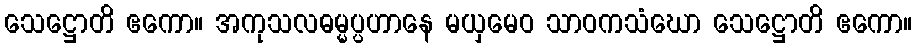
သေဋ္ဌောတိ ဧကော။ အကုသလဓမ္မပ္ပဟာနေ မယှမေဝ သာဝကသံဃော သေဋ္ဌောတိ ဧကော။